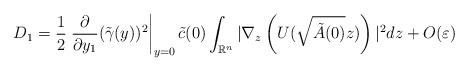
LaTeX: \begin{align*}D_{1}=\frac{1}{2}\left. \frac{\partial}{\partial y_{1}}(\tilde{\gamma}(y))^{2}\right\vert _{y=0}\tilde{c}(0)\int_{\mathbb{R}^{n}}|\nabla_{z}\left(U(\sqrt{\tilde{A}(0)}z)\right) |^{2}dz+O(\varepsilon)\end{align*}